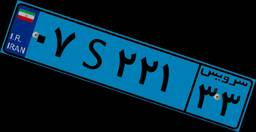
۰۷S۲۲۱۳۳